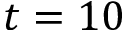
t = 1 0